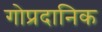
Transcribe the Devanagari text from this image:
गोप्रदानिक